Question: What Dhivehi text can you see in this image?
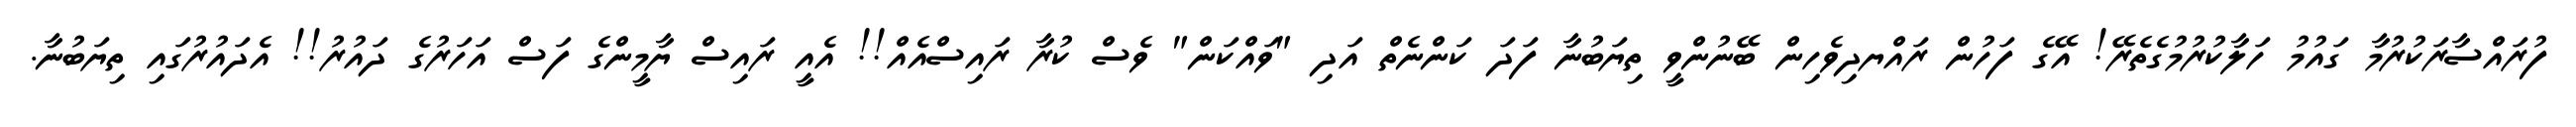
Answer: ފުރައްސާރަކުރުމާ ގައުމު ހަލާކުރުމުގެތެރޭ! އޭގެ ފަހުން ރައްޔދިވެހިން ބޭނުންވީ ތިޔަބުނާ ފަދަ ކަންނެތް އަދި "ވައްކަން" ވެސް ކުރާ ރައިސްއެއް!! އެއީ ރައިސް ޔާމީންގެ ފަސް އަހަރުގެ ދައުރު!! އެދައުރުގައި ތިޔަބުނާ.